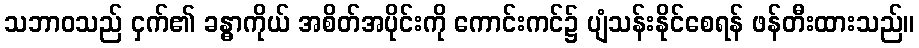
သဘာဝသည် ငှက်၏ ခန္ဓာကိုယ် အစိတ်အပိုင်းကို ကောင်းကင်၌ ပျံသန်းနိုင်စေရန် ဖန်တီးထားသည်။